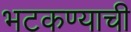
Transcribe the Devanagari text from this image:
भटकण्याची